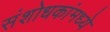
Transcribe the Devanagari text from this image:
संशोधकांमध्ये